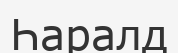
Һаралд